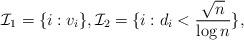
LaTeX: \begin{align*}\mathcal{I}_1=\{i: v_i \},\mathcal{I}_2=\{i: d_i<\frac{\sqrt{n}}{\log n}\},\end{align*}